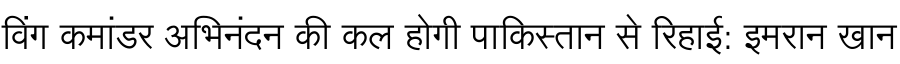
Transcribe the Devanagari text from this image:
विंग कमांडर अभिनंदन की कल होगी पाकिस्तान से रिहाई: इमरान खान